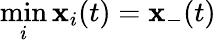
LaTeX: \operatorname*{min}_{i}\mathbf{x}_{i}(t)=\mathbf{x}_{-}(t)